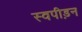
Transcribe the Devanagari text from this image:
स्वपीड़न